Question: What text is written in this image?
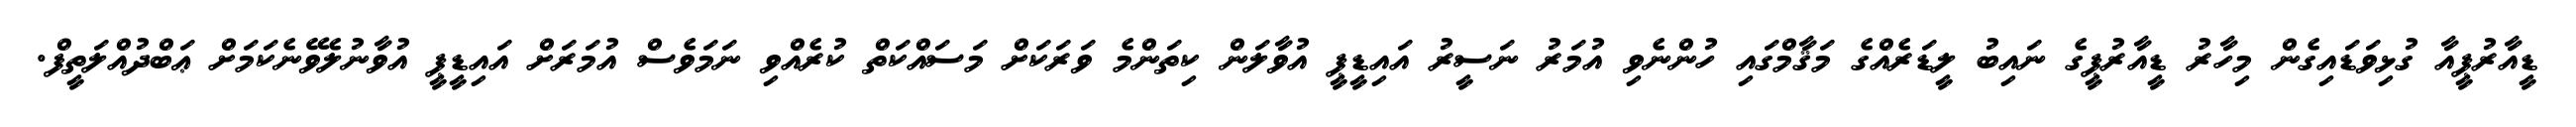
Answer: ޑީއާރުޕީއާ ގުޅިވަޑައިގެން މިހާރު ޑީއާރުޕީގެ ނައިބު ލީޑަރެއްގެ މަޤާމްގައި ހުންނެވި އުމަރު ނަސީރު އައިޑީޕީ އުވާލަން ކިތަންމެ ވަރަކަށް މަސައްކަތް ކުރެއްވި ނަމަވެސް އުމަރަށް އައިޑީޕީ އުވާނުލެވޭނެކަމަށް ޢަބްދުއްލަތީފް.